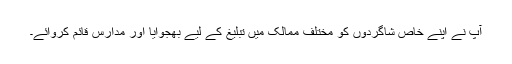
آپ نے اپنے خاص شاگردوں کو مختلف ممالک میں تبلیغ کے لیے بھجوایا اور مدارس قائم کروائے۔